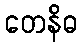
တေနိဓ